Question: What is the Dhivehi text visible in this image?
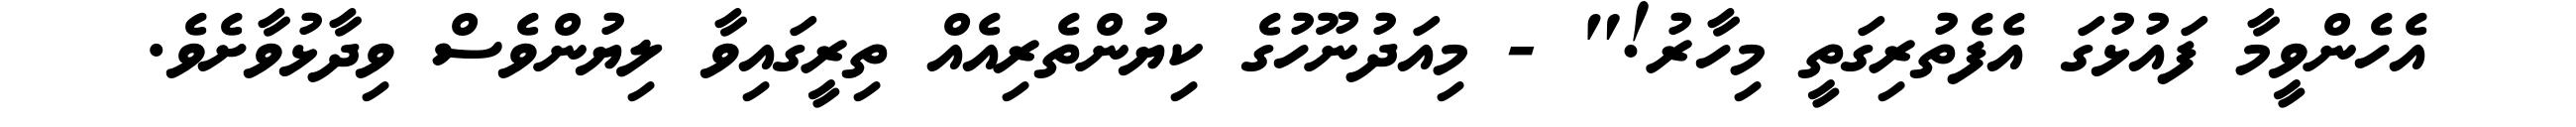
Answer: އެހެންވީމާ ފައުޅުގަ އެފެތުރިގަތީ މިހާރު!" - މިއަދުނޫހުގެ ކިޔުންތެރިއެއް ތިރީގައިވާ ލިޔުންވެސް ވިދާޅުވާށެވެ.